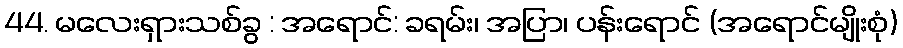
44. မလေးရှားသစ်ခွ : အရောင်: ခရမ်း၊ အပြာ၊ ပန်းရောင် (အရောင်မျိုးစုံ)